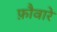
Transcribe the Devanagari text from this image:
फ़ौवारे